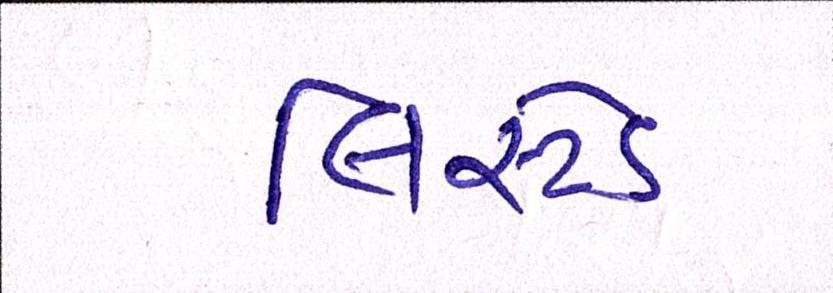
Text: લિસ્ટેડ